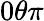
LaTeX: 0\le\theta\le\pi